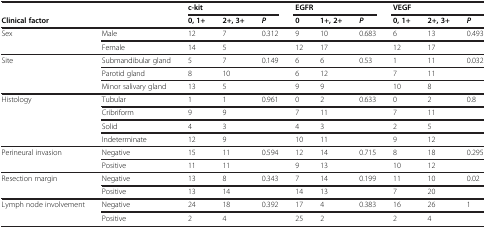
<table><thead><tr><td colspan="2"><b> </b></td><td colspan="3"><b>c-kit</b></td><td colspan="3"><b>EGFR</b></td><td colspan="3"><b>VEGF</b></td></tr></thead><tbody><tr><td><b>Clinical factor</b></td><td> </td><td><b>0, 1+</b></td><td><b>2+, 3+</b></td><td><b><i>P</i></b></td><td><b>0</b></td><td><b>1+, 2+</b></td><td><b><i>P</i></b></td><td><b>0, 1+</b></td><td><b>2+, 3+</b></td><td><b><i>P</i></b></td></tr><tr><td>Sex</td><td>Male</td><td>12</td><td>7</td><td>0.312</td><td>9</td><td>10</td><td>0.683</td><td>6</td><td>13</td><td>0.493</td></tr><tr><td> </td><td>Female</td><td>14</td><td>5</td><td> </td><td>12</td><td>17</td><td> </td><td>12</td><td>17</td><td> </td></tr><tr><td>Site</td><td>Submandibular gland</td><td>5</td><td>7</td><td>0.149</td><td>6</td><td>6</td><td>0.53</td><td>1</td><td>11</td><td>0.032</td></tr><tr><td> </td><td>Parotid gland</td><td>8</td><td>10</td><td> </td><td>6</td><td>12</td><td> </td><td>7</td><td>11</td><td> </td></tr><tr><td> </td><td>Minor salivary gland</td><td>13</td><td>5</td><td> </td><td>9</td><td>9</td><td> </td><td>10</td><td>8</td><td> </td></tr><tr><td>Histology</td><td>Tubular</td><td>1</td><td>1</td><td>0.961</td><td>0</td><td>2</td><td>0.633</td><td>0</td><td>2</td><td>0.8</td></tr><tr><td> </td><td>Cribriform</td><td>9</td><td>9</td><td> </td><td>7</td><td>11</td><td> </td><td>7</td><td>11</td><td> </td></tr><tr><td> </td><td>Solid</td><td>4</td><td>3</td><td> </td><td>4</td><td>3</td><td> </td><td>2</td><td>5</td><td> </td></tr><tr><td> </td><td>Indeterminate</td><td>12</td><td>9</td><td> </td><td>10</td><td>11</td><td> </td><td>9</td><td>12</td><td> </td></tr><tr><td>Perineural invasion</td><td>Negative</td><td>15</td><td>11</td><td>0.594</td><td>12</td><td>14</td><td>0.715</td><td>8</td><td>18</td><td>0.295</td></tr><tr><td> </td><td>Positive</td><td>11</td><td>11</td><td> </td><td>9</td><td>13</td><td> </td><td>10</td><td>12</td><td> </td></tr><tr><td>Resection margin</td><td>Negative</td><td>13</td><td>8</td><td>0.343</td><td>7</td><td>14</td><td>0.199</td><td>11</td><td>10</td><td>0.02</td></tr><tr><td> </td><td>Positive</td><td>13</td><td>14</td><td> </td><td>14</td><td>13</td><td> </td><td>7</td><td>20</td><td> </td></tr><tr><td>Lymph node involvement</td><td>Negative</td><td>24</td><td>18</td><td>0.392</td><td>17</td><td>4</td><td>0.383</td><td>16</td><td>26</td><td>1</td></tr><tr><td> </td><td>Positive</td><td>2</td><td>4</td><td> </td><td>25</td><td>2</td><td> </td><td>2</td><td>4</td><td> </td></tr></tbody></table>